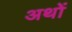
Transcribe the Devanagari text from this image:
अथों